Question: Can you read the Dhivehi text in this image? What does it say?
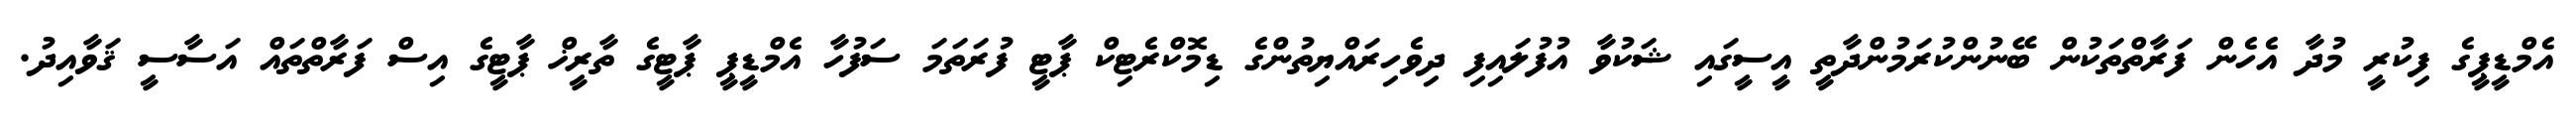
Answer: އެމްޑީޕީގެ ފިކުރީ މުދާ އެހެން ފަރާތްތަކުން ބޭނުންކުރަމުންދާތީ އީސީގައި ޝަކުވާ އުފުލައިފި ދިވެހިރައްޔިތުންގެ ޑިމޮކްރެޓިކް ޕާޓީ ފުރަތަމަ ސަފުހާ އެމްޑީޕީ ޕާޓީގެ ތާރީޚް ޕާޓީގެ އިސް ފަރާތްތައް އަސާސީ ޤަވާއިދު.